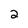
Character: 2